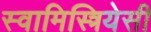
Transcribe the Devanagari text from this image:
स्वामिस्त्रियेसी